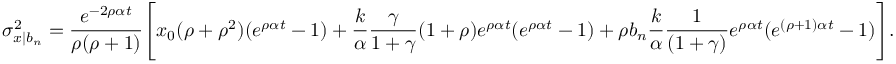
\sigma _ { x | b _ { n } } ^ { 2 } = \frac { e ^ { - 2 \rho \alpha t } } { \rho ( \rho + 1 ) } \Bigg [ x _ { 0 } ( \rho + \rho ^ { 2 } ) ( e ^ { \rho \alpha t } - 1 ) + \frac { k } { \alpha } \frac { \gamma } { 1 + \gamma } ( 1 + \rho ) e ^ { \rho \alpha t } ( e ^ { \rho \alpha t } - 1 ) + \rho b _ { n } \frac { k } { \alpha } \frac { 1 } { ( 1 + \gamma ) } e ^ { \rho \alpha t } ( e ^ { ( \rho + 1 ) \alpha t } - 1 ) \Bigg ] .